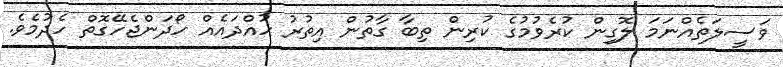
ވަސީލަތެއްނަމަ ލޮގިން ކުރެވުމުގެ ކުރިން ތިބާ ގާތުން އިތުރު ހުއްދައެއް ހޯދަންޖެހޭގޮތް ހެދުމެވެ.